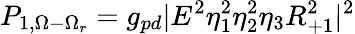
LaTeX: P_{1,\Omega-\Omega_{r}}=g_{pd}|E^{2}\eta_{1}^{2}\eta_{2}^{2}\eta_{3}R_{+1}^{2}|^{2}